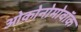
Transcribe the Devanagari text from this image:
ओकोनोमोवॉक